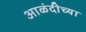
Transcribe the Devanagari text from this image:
आळंदीच्या